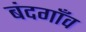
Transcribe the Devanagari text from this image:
बंदगाँव